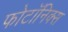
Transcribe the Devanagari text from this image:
फोटॉनिक्स